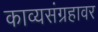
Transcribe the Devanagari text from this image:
काव्यसंग्रहावर